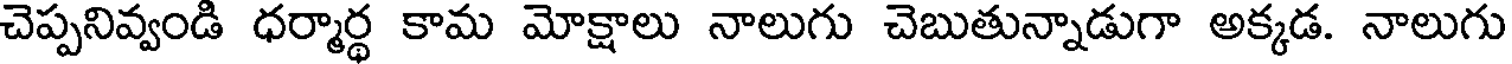
చెప్పనివ్వండి ధర్మార్థ కామ మోక్షాలు నాలుగు చెబుతున్నాడుగా అక్కడ. నాలుగు